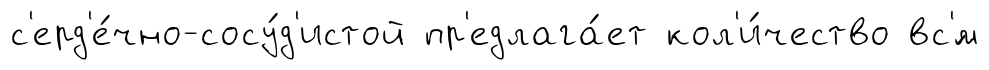
с'ерд'е́чно-сосу́д'истой пр'едлага́ет кол'и́чество вс'́м